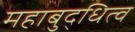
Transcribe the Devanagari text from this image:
महाबुद्धित्व